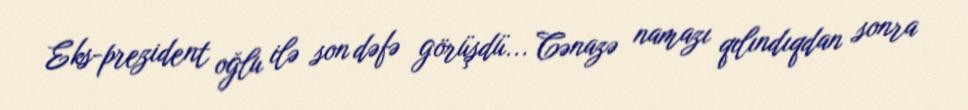
Eks-prezident oğlu ilə son dəfə görüşdü... Cənazə namazı qılındıqdan sonra